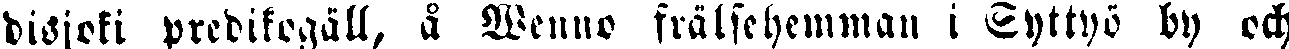
disjoki predikogäll, å Wenno frälsehemman i Syttyö by och